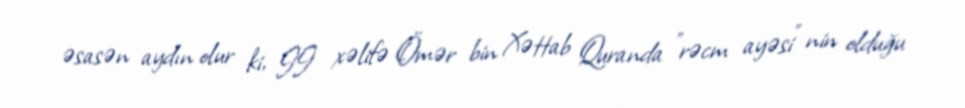
əsasən aydın olur ki, II xəlifə Ömər bin Xəttab Quranda "rəcm ayəsi" nin olduğu